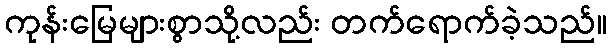
ကုန်းမြေများစွာသို့လည်း တက်ရောက်ခဲ့သည်။